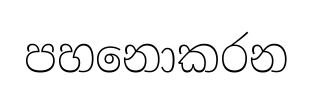
පහනොකරන